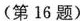
（第16题）